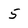
Character: 5